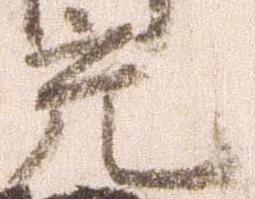
充